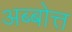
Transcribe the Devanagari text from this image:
अब्बोत्त